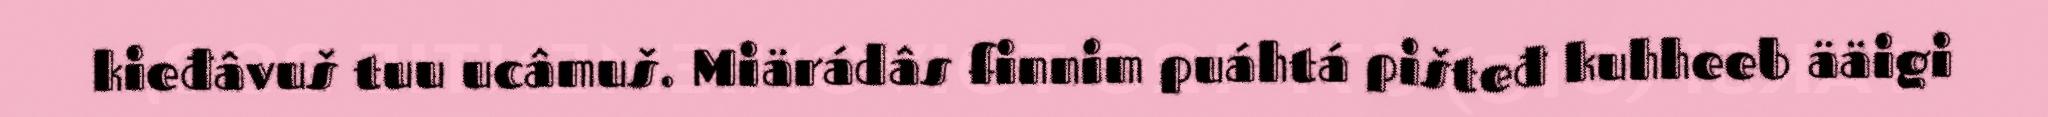
kieđâvuš tuu ucâmuš. Miärádâs finnim puáhtá pišteđ kuhheeb ääigi